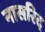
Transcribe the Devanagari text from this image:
नासरिद